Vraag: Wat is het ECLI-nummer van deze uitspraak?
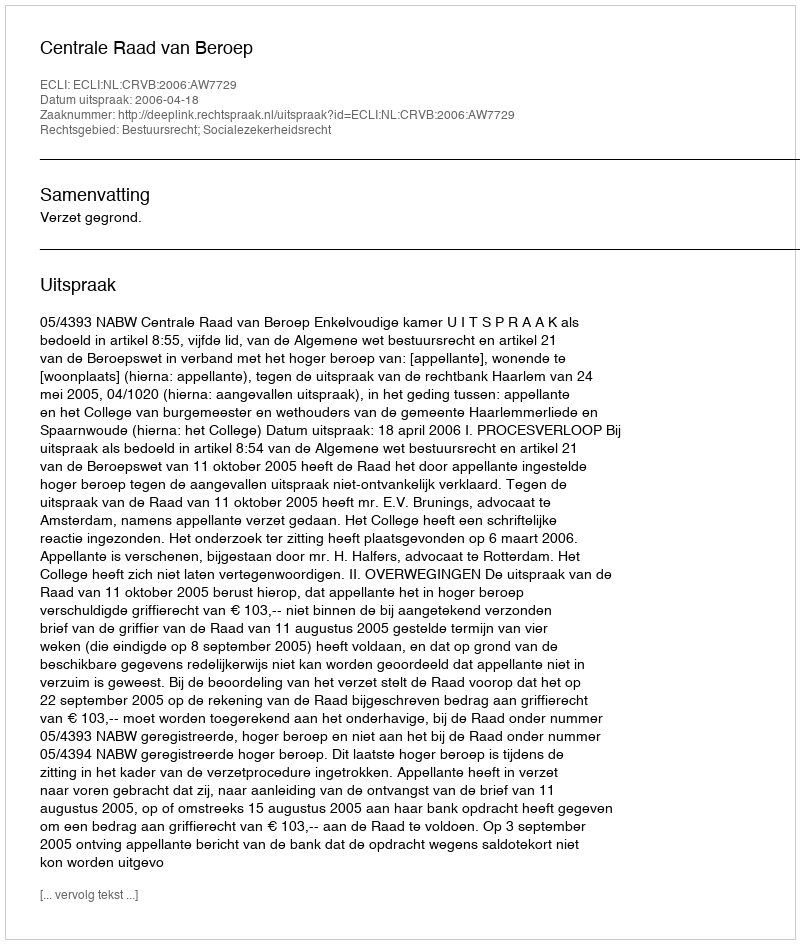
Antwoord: ECLI:NL:CRVB:2006:AW7729